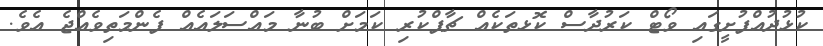
ކުޅުދުއްފުށީގައި ވޯޓް ކަރުދާސް ކޮޅތަކެއް ޗާޕްކުރި ކަމަށް ބުނާ މައްސަލައެއް ފެންމަތިވެއްޖެ އެވެ.